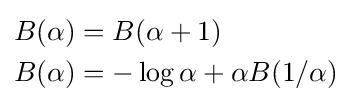
{\begin{aligned}B(\alpha )&=B(\alpha +1)\\B(\alpha )&=-\log \alpha +\alpha B(1/\alpha )\end{aligned}}